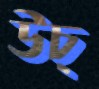
উচ্